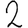
Digit: 2